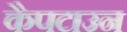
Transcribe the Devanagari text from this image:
कैपटाउन